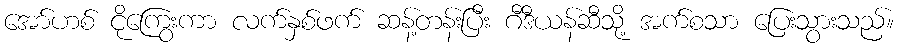
အော်ဟစ် ငိုကြွေးကာ လက်နှစ်ဖက် ဆန့်တန်းပြီး ဂီဒီယန်ဆီသို့ အက်စသာ ပြေးသွားသည်။